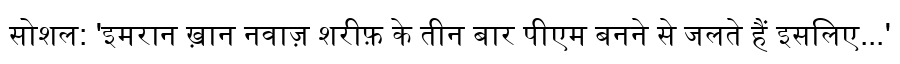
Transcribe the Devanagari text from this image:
सोशल: 'इमरान ख़ान नवाज़ शरीफ़ के तीन बार पीएम बनने से जलते हैं इसलिए...'